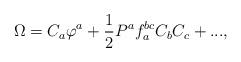
LaTeX: \begin{align*}\Omega = C_a \varphi ^a + \frac{1}{2}P^a f_a^{bc} C_b C_c +...,\end{align*}